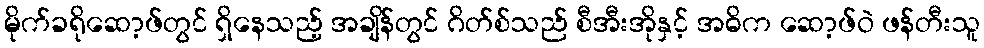
မိုက်ခရိုဆော့ဖ်တွင် ရှိနေသည့် အချိန်တွင် ဂိတ်စ်သည် စီအီးအိုနှင့် အဓိက ဆော့ဖ်ဝဲ ဖန်တီးသူ